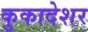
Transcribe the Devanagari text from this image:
कुकादेशर